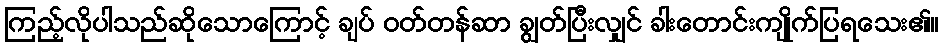
ကြည့်လိုပါသည်ဆိုသောကြောင့် ချပ် ဝတ်တန်ဆာ ချွတ်ပြီးလျှင် ခါးတောင်းကျိုက်ပြရသေး၏။